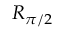
R _ { \pi / 2 }